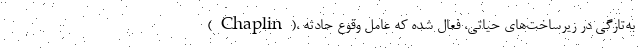
(Chaplin)، به‌تازگی در زیرساخت‌های حیاتی، فعال شده که عامل وقوع حادثه